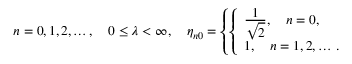
n = 0 , 1 , 2 , \ldots , \quad 0 \leq \lambda < \infty , \quad \eta _ { n 0 } = \left\{ \left\{ \begin{array} { l l } { { \frac { { \displaystyle 1 } } { { \displaystyle \sqrt 2 } } , \quad n = 0 , } } \\ { { 1 , \quad n = 1 , 2 , \ldots \, . } } \end{array} \right. \right.